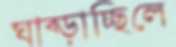
ঘাব্‌ড়াচ্ছিলে